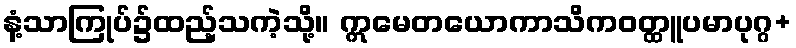
နံ့သာကြုပ်၌ထည့်သကဲ့သို့။ ဣမေတယောကာသိကဝတ္ထူပမာပုဂ္ဂ+